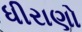
ધીરાણો